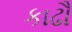
કાઢૌ